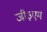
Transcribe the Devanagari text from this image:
जी३एम